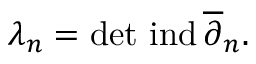
\lambda _ { n } = \operatorname * { d e t } \, \mathrm { i n d } \, \overline { { \partial } } _ { n } .